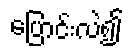
ပြောင်းလဲ၍